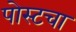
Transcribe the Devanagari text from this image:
पोस्टचा